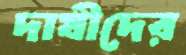
দাষীদের